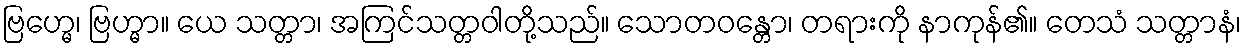
ဗြဟ္မေ၊ ဗြဟ္မာ။ ယေ သတ္တာ၊ အကြင်သတ္တဝါတို့သည်။ သောတဝန္တော၊ တရားကို နာကုန်၏။ တေသံ သတ္တာနံ၊